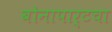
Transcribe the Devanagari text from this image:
बोनापार्टचा